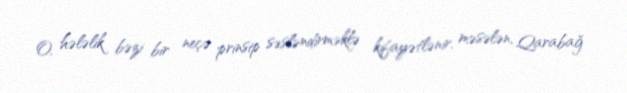
O, hələlik bəzi bir neçə prinsip səsləndirməklə kifayətlənir, məsələn, Qarabağ